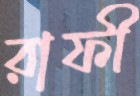
রাফী